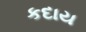
કદાય